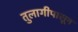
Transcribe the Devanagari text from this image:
तुलागीपासून